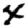
Digit: 4